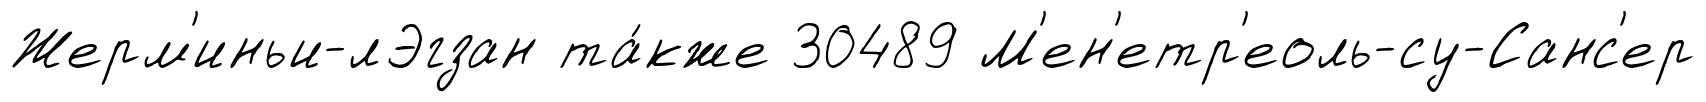
Жерм'иньи-лЭгзан та́кже 30489 М'ен'етр'еоль-су-Санс'ер